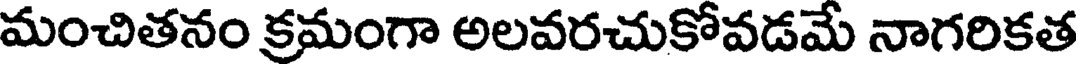
మంచితనం క్రమంగా అలవరచుకోవడమే నాగరికత